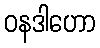
ဝနဒါဟော